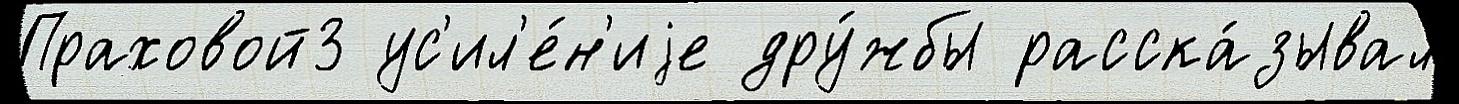
Праховой3 ус'ил'е́н'иjе дру́жбы расска́зывал